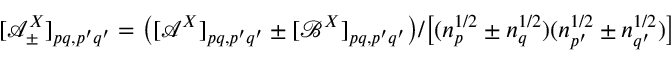
[ \mathcal { A } _ { \pm } ^ { X } ] _ { p q , p ^ { \prime } q ^ { \prime } } = \big ( [ \mathcal { A } ^ { X } ] _ { p q , p ^ { \prime } q ^ { \prime } } \pm [ \mathcal { B } ^ { X } ] _ { p q , p ^ { \prime } q ^ { \prime } } \big ) / \big [ ( n _ { p } ^ { 1 / 2 } \pm n _ { q } ^ { 1 / 2 } ) ( n _ { p ^ { \prime } } ^ { 1 / 2 } \pm n _ { q ^ { \prime } } ^ { 1 / 2 } ) \big ]